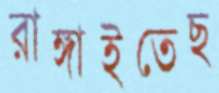
রাঙ্গাইতেছ